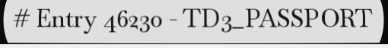
# Entry 46230 - TD3_PASSPORT